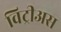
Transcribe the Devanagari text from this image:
विट्रीअस